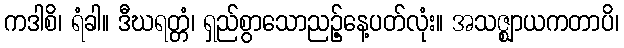
ကဒါစိ၊ ရံခါ။ ဒီဃရတ္တံ၊ ရှည်စွာသောညဉ့်နေ့ပတ်လုံး။ အသဇ္ဈာယကတာပိ၊